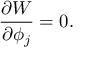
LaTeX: \frac { \partial W } { \partial \phi _ { j } } = 0 .